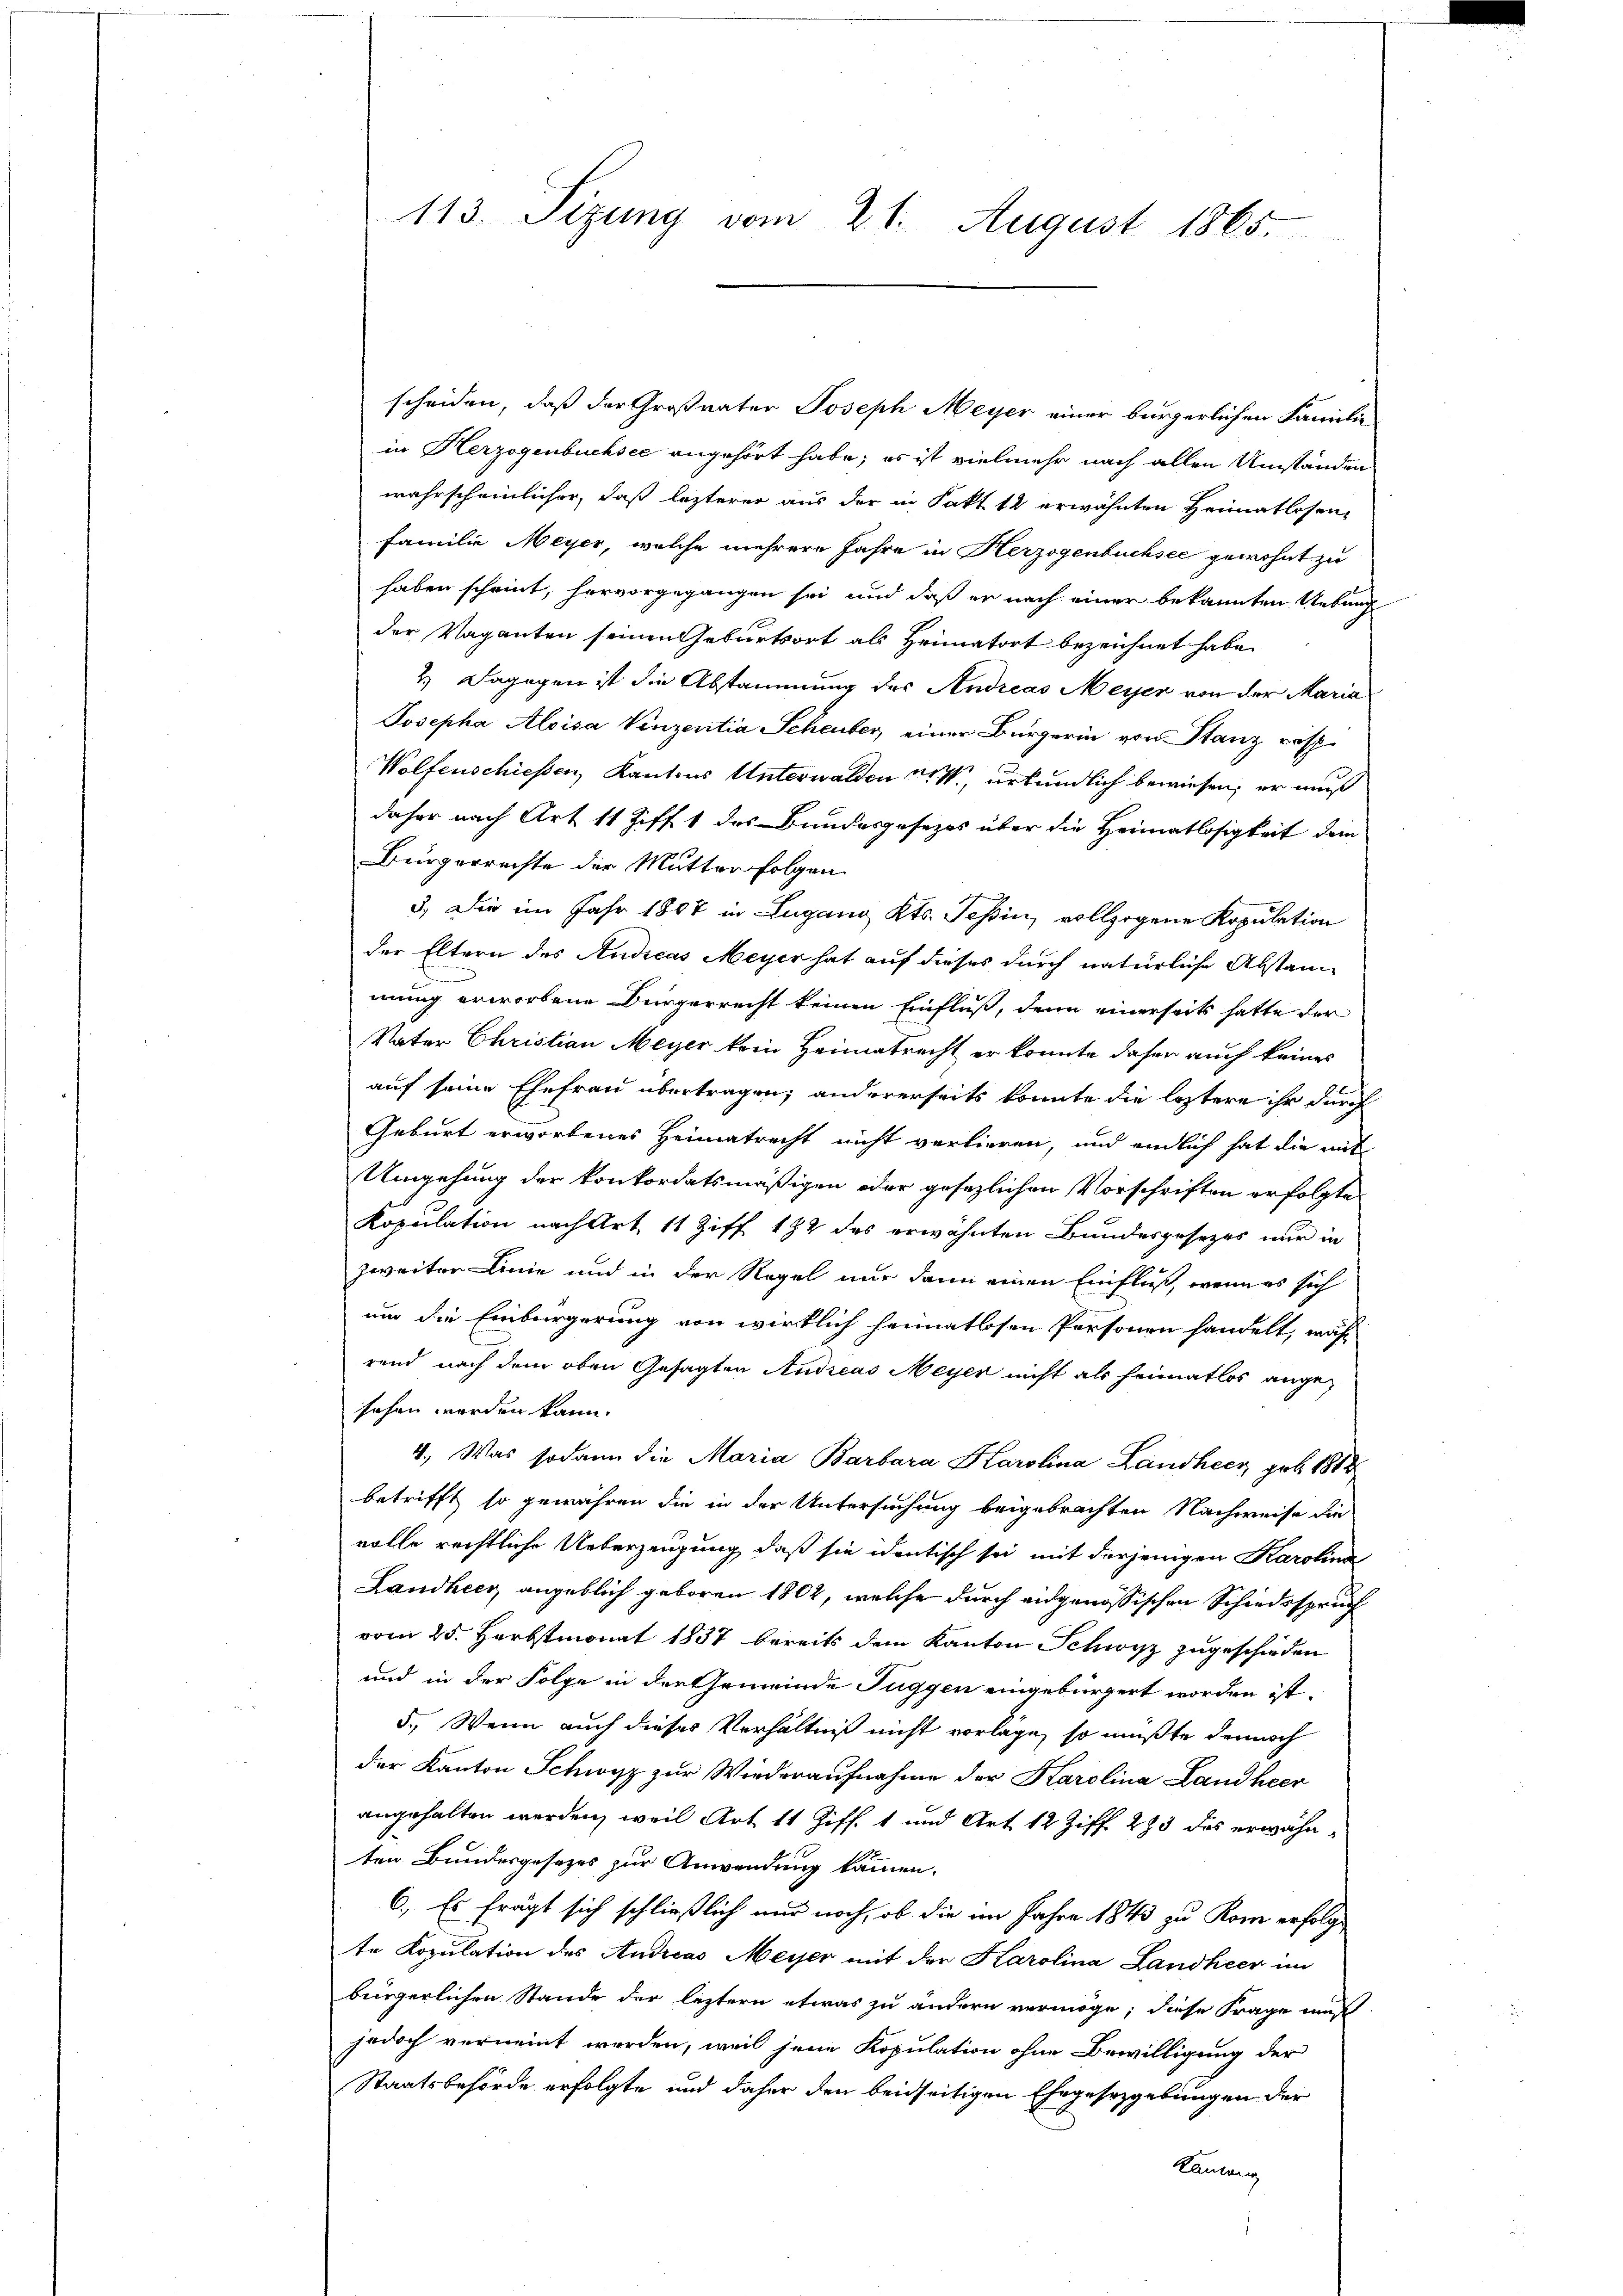
113. Sizung vom 21. August 1865.

scheiden, daß der Großvater Joseph Meyer einer bürgerlichen Familie
in Herzogenbuchsee angehört habe; es ist vielmehr nach allen Umständen
wahrscheinlicher, daß lezterer aus der in Fakt 12 erwähnten Heimatlosen,
Familie Meyer, welche mehrere Jahre in Herzogenbüchsee gewohnt zu
haben scheint, hervorgegangen sei und daß er nach einer bekannten Uebung
der Vaganten seinen Geburtsort als Heimatort bezeichnet habe.
2.) Dagegen ist die Abstammung des Andreas Meyer von der Maria
Josepha Aloisa Vinzeritia Scheuber, einer Bürgerin von Stanz resp.
Wolfenschiessen, Kantons Unterwalden W., urkundlich bewiesen; er muß
daher nach Art 11 Ziff. 1 des Bundesgesezes über die Heimatlosigkeit dem
Bürgerrechte der Mutter folgen.
3. Die im Jahr 1807 in Lugang Kts. Tessin, vollzogene Kopulation
der Eltern des Andicas Meyer hat auf dieses durch natürliche Abstand
mung erworbene Bürgerrecht keinen Einfluß, denn einerseits hatte der
Vater Christian Meyer kein Heimatrecht er konnte daher auch keines
auf seine Ehefrau übertragen; andererseits konnte die leztere ihr durch
Geburt erworbenes Heimatrecht nicht verlieren, und endlich hat die mit
Umgehung der konkordatsmäßigen oder gesezlichen Vorschriften erfolgte
Kopulation nach Art 11 Ziff 192 des erwähnten Bundesgesezes nur in
zweiter Linie und in der Regel nur dann einen Einfluß, wenn es sich
um die Einbürgerung von wirklich heimatlosen Personen handelt, währ
rend nach dem oben Gesagten Andreas Meyer nicht als heimatlos ange-
sehen werden kann.
4. Was sodann die Maria Barbara Karolina Landheer, geb. 1812
betrifft so gewähren die in der Untersuchung beigebrachten Nachweise die
volle rechtliche Ueberzeugung, daß sie identisch sei mit derjenigen Karolina
Landheer, angeblich geboren 1802, welche durch eidgenössischen Schiedsspruch
vom 25. Herbstmonat 1837 bereits dem Kanton Schwyz zugeschieden
und in der Folge in der Gemeinde Tuggen eingebürgert worden ist.
5.) Wenn auch dieser Verhältniß nicht vorläge, so müßte dennoch
der Kanton Schwyz zur Wiederaufnahme der Karolina Landheer
angehalten werden, weil Art 11 Ziff. 1 und Art. 12 Ziff. 293 des erwähnten Bundesgesetzes zur Anwendung kammen.
6.) Es fragt sich schließlich nur noch, ob die im Jahre 1843 zu Rom erfolgt
te Kopulation des Andreas Meyer mit der Karolina Landkier im
bürgerlichen Stande der letztern etwas zu ändern vermöge; diese Frage mus
jedoch verneint werden, weil jene Kopulation ohne Bewilligung der
Staatsbehörde erfolgte und daher den beidseitigen Ehegesezgebungen der
Lauten